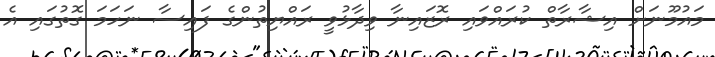
މައުމޫނަށް އިޝާރާތް ކުރައްވައި ރޮޒައިނާ ވިދާޅުވީ ރައްޔިތުންގެ ފައިސާ ނަހަމަ ގޮތުގައި އެ